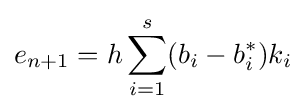
e_{n+1}=h\sum _{i=1}^{s}(b_{i}-b_{i}^{*})k_{i}